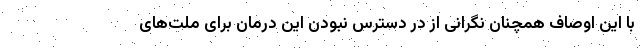
با این اوصاف همچنان نگرانی از در دسترس نبودن این درمان برای ملت‌های